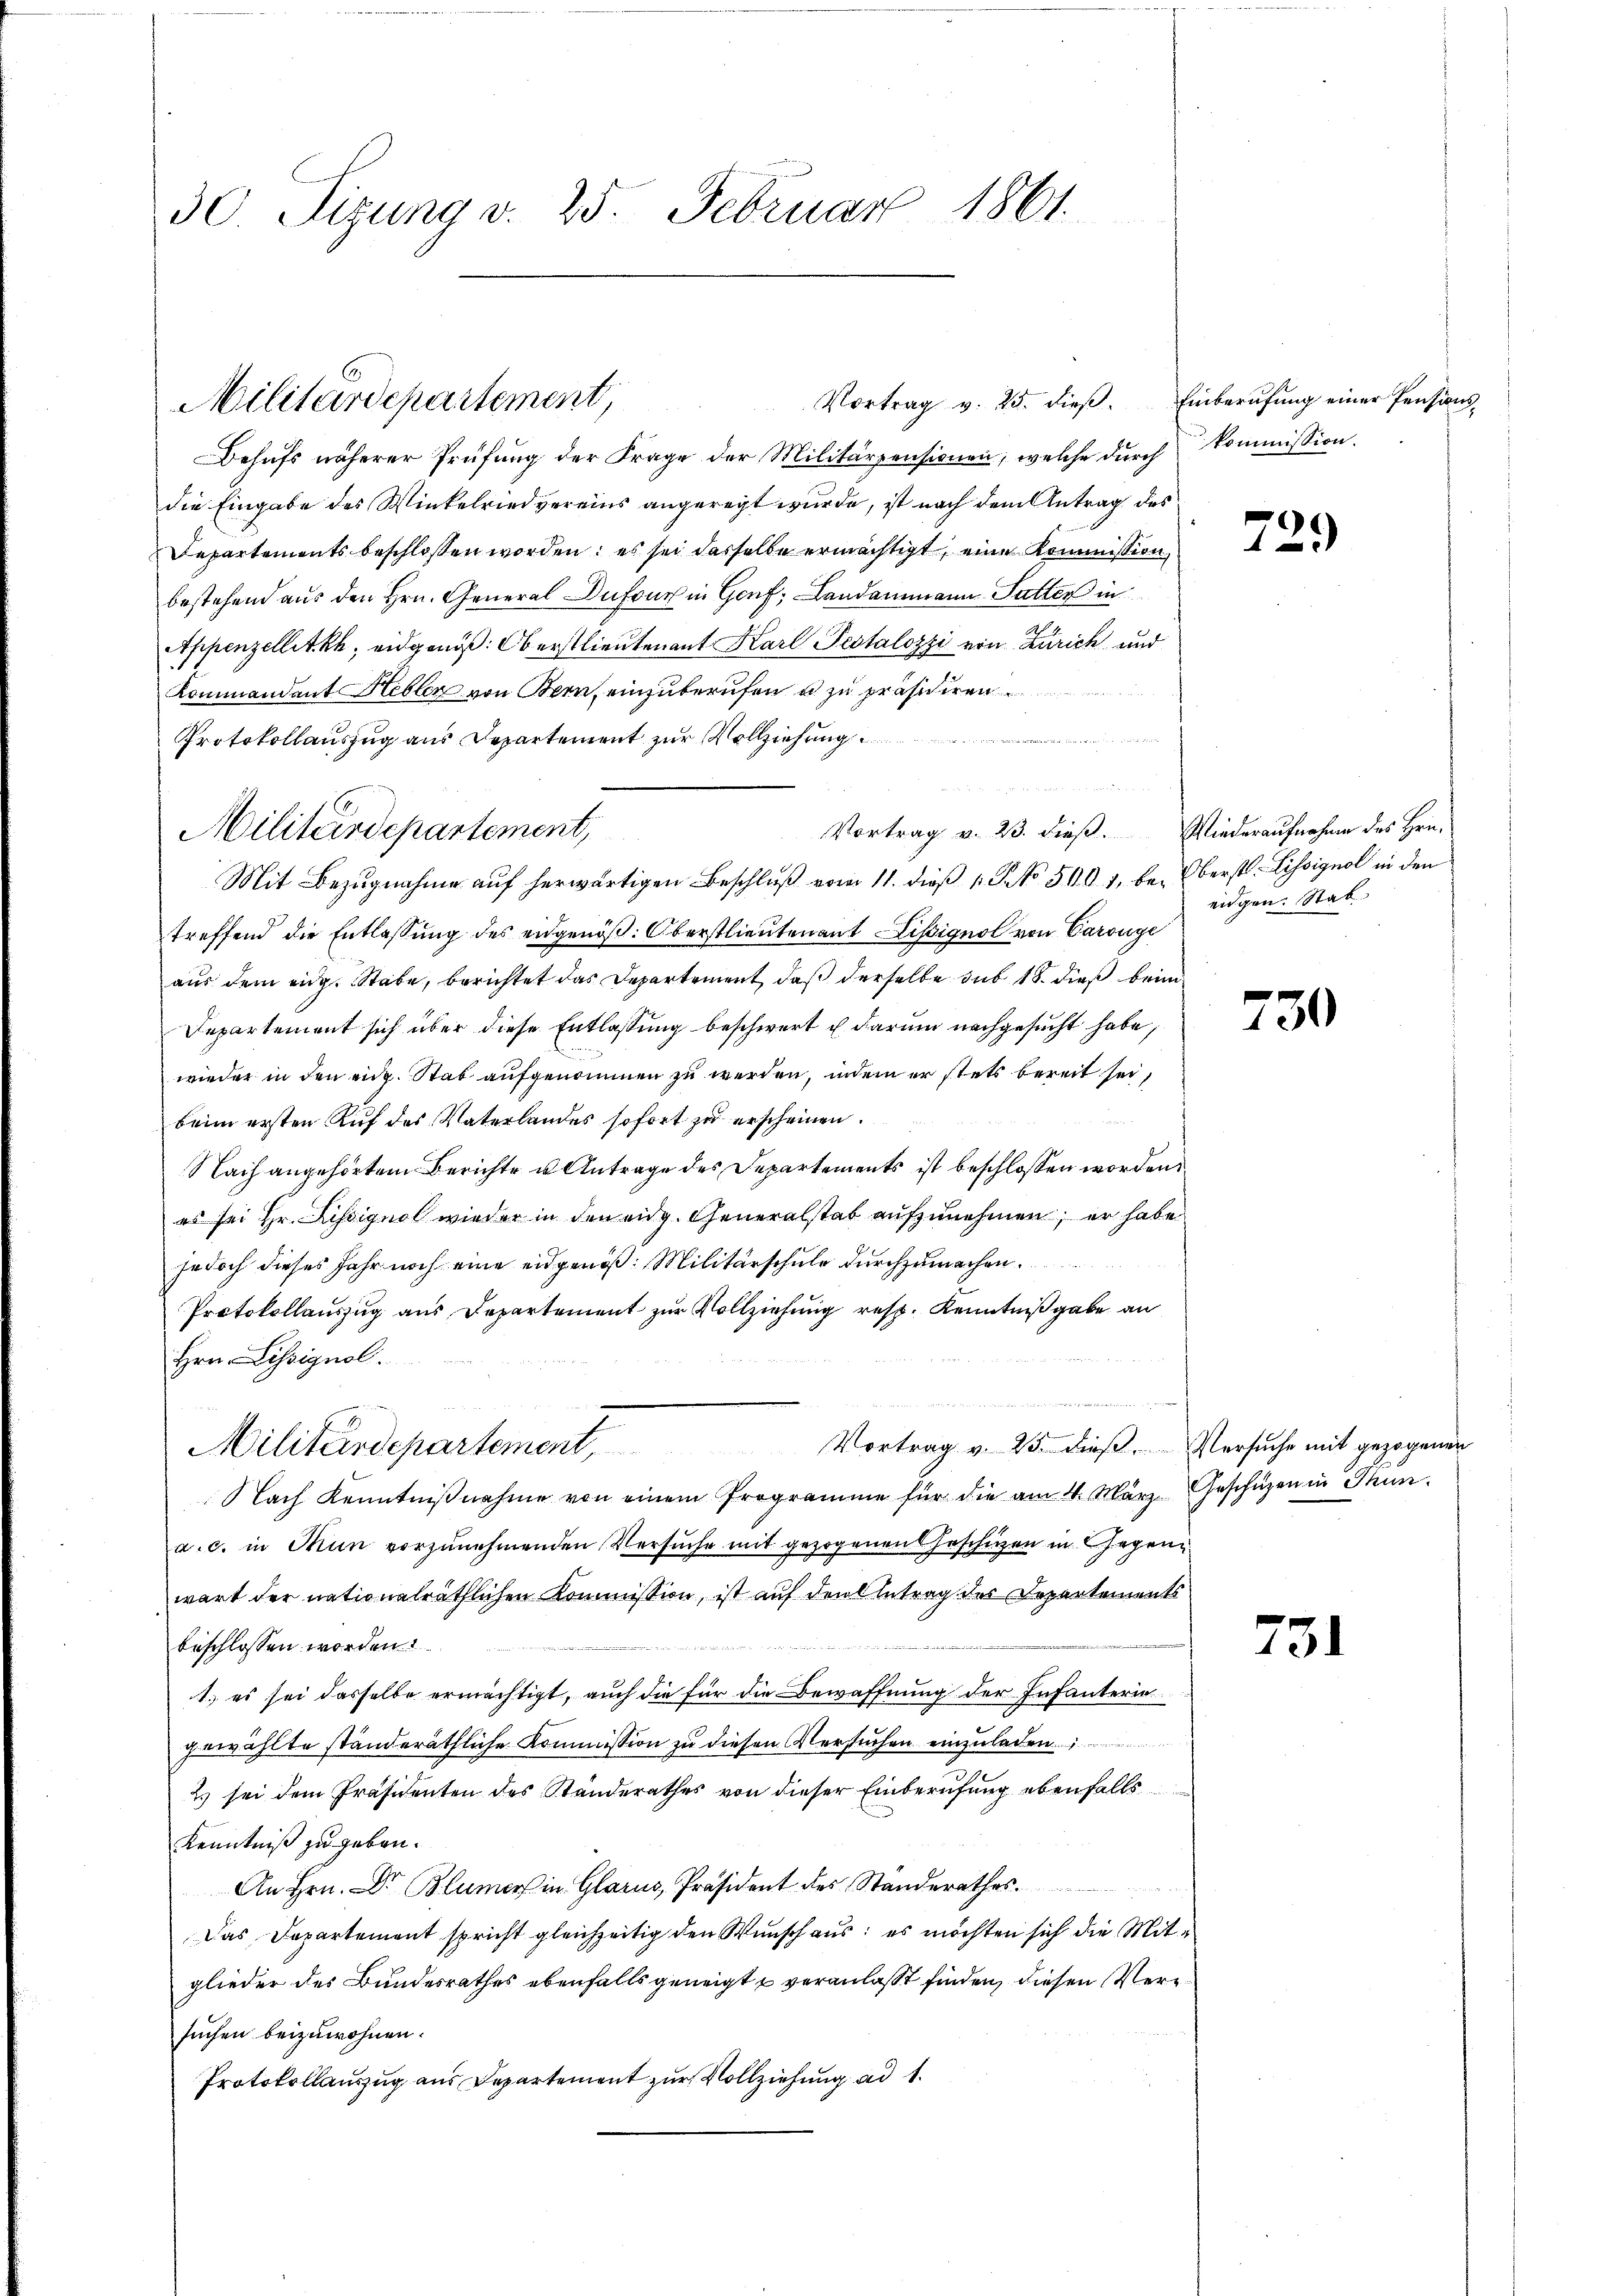
30 Sizung v. 25. Februar 1861.

Behufs näherer Prüfung der Frage der Militärpensionen, welche dŭrch kommission.
die Eingabe des Winkelried vereins angeregt wurde, ist nach dem Antrag des
Departements beschlossen worden; es sei dasselbe ermächtigt, eine Kommission
bestehend aus den Hrn. General Dufour in Genf, Landammann Satter in
Appenzellit kh, eidgenöß: Oberstlieutenant Karl Pestalozzi von Zürich und
Kommandant Hebler von Bern, einzuberufen u zu präsidiren.

Protokollauszug aus Departement zur Vollziehung
Mit Bezŭgnahme aŭf herwärtigen Beschlŭβ vom 11. dieβ 1. No 510. 1, be- Oberst Lissignal in den
treffend die Entlassŭng des eidgenöß. Oberstlieutenant Lissignol von Carouge
aus dem eidg. Stabe, berichtet das Departement, daß derselbe sub 18. dieß beim
Departement sich über diese Entlassung beschwert u. darum nachgesucht habe,
wieder in den eiz. Stab aufgenommen zu werden, indem er stets bereit sei,
beim ersten Auf des Vaterlandes sofort zu erscheinen.
Nach angehörtem Berichte u Antrage des Departements ist beschlossen worden.
es sei Hr. Kissignal wieder in den eidg. Generalstab aufzunehmen; er habe
jedoch dieses Jahr noch eine eidgenöß: Militärschule durchzumachen.
Protokollauszug aus Departement zur Vollziehung resp. Kenntnißgabe an
Hrn. Lissignol.
Vortrag v. 25. dieß. Versuche mit gezogenen
Militärdepartement,
Nach Kenntniβnahme von einem Programme für die am 4. März, Geschüzen in Thun
a. c. in Thun vorzunehmenden Versuche mit gezogenen Geschüzen in Gegen
wart der nationalräthlichen Kommission, ist auf den Antrag des Departements
beschlossen worden.
1.) es sei dasselbe ermächtigt, auch die für die Bewaffnung der Infanteriegewählte ständeräthliche Kommission zu diesen Versuchen einzuladen.
Es sei dem Präsidenten des Standerathes von dieser Einberufung ebenfalls
Kenntniß zu geben.
An Hrn. Dr Blumer in Glarus, Präsident des Standerathes.
Das Departement spricht gleichzeitig den Wunsch aus: es möchten sich die Mitglieder des Bundesrathes ebenfalls geneigt u veranlaßt finden, diesen Versuchen beizuwohnen.
Protokollauszug aus Departement zur Vollziehung ad 1.

Militärdepartement,

Militärdepartement,

Vortrag v. 23. dieß. Wiederaufnahme des Her¬

Vortrag v. 25. dieβ. Einberufung einer Pensions¬

729

eidgen. Stab

730

¬

31